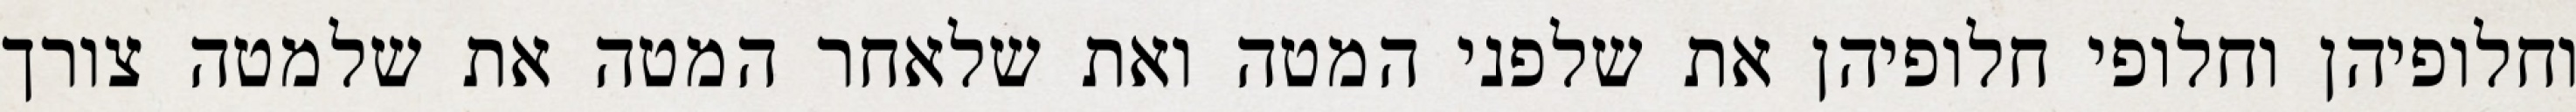
וחלופיהן וחלופי חלופיהן את שלפני המטה ואת שלאחר המטה את שלמטה צורך